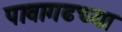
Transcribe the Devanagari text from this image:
पावागढच्या